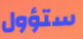
ستؤول